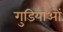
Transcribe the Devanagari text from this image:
गुडियाओं